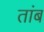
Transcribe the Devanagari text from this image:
तांब